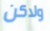
ولاكن